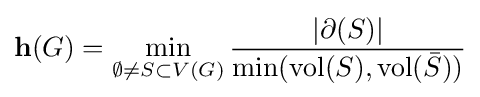
{\mathbf {h} }(G)=\min _{\emptyset \not =S\subset V(G)}{\frac {|\partial (S)|}{\min({\mathrm {vol} }(S),{\mathrm {vol} }({\bar {S}}))}}